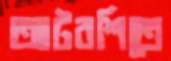
আটরশিতে